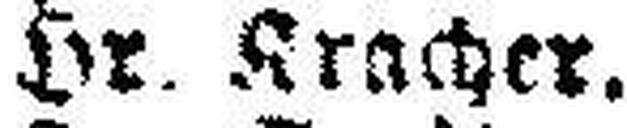
Hr. Kracher.